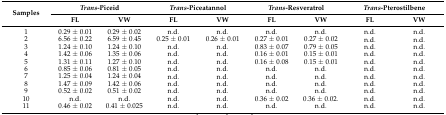
| <ROWSPAN=2> Samples | <COLSPAN=2> Trans-Piceid | <COLSPAN=2> Trans-Piceatannol | <COLSPAN=2> Trans-Resveratrol | <COLSPAN=2> Trans-Pterostilbene |
 | FL | VW | FL | VW | FL | VW | FL | VW |
 | --- | --- | --- | --- | --- | --- | --- | --- | --- |
 | 1 | 0.29 ± 0.01 | 0.29 ± 0.02 | n.d. | n.d. | n.d. | n.d. | n.d. | n.d. |
 | 2 | 6.56 ± 0.22 | 6.59 ± 0.45 | 0.25 ± 0.01 | 0.26 ± 0.01 | 0.27 ± 0.01 | 0.27 ± 0.02 | n.d. | n.d. |
 | 3 | 1.24 ± 0.10 | 1.24 ± 0.10 | n.d. | n.d. | 0.83 ± 0.07 | 0.79 ± 0.05 | n.d. | n.d. |
 | 4 | 1.42 ± 0.06 | 1.35 ± 0.06 | n.d. | n.d. | 0.16 ± 0.01 | 0.15 ± 0.01 | n.d. | n.d. |
 | 5 | 1.31 ± 0.11 | 1.27 ± 0.10 | n.d. | n.d. | 0.16 ± 0.08 | 0.15 ± 0.01 | n.d. | n.d. |
 | 6 | 0.85 ± 0.06 | 0.81 ± 0.05 | n.d. | n.d. | n.d. | n.d. | n.d. | n.d. |
 | 7 | 1.25 ± 0.04 | 1.24 ± 0.04 | n.d. | n.d. | n.d. | n.d. | n.d. | n.d. |
 | 8 | 1.47 ± 0.09 | 1.42 ± 0.06 | n.d. | n.d. | n.d. | n.d. | n.d. | n.d. |
 | 9 | 0.52 ± 0.02 | 0.51 ± 0.02 | n.d. | n.d. | n.d. | n.d. | n.d. | n.d. |
 | 10 | n.d. | n.d. | n.d. | n.d. | 0.36 ± 0.02 | 0.36 ± 0.02. | n.d. | n.d. |
 | 11 | 0.46 ± 0.02 | 0.41 ± 0.025 | n.d. | n.d. | n.d. | n.d. | n.d. | n.d. |